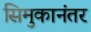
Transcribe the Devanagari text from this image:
सिमुकानंतर